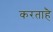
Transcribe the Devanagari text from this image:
करताहै